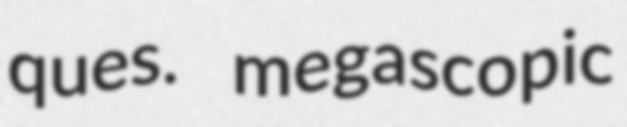
ques. megascopic